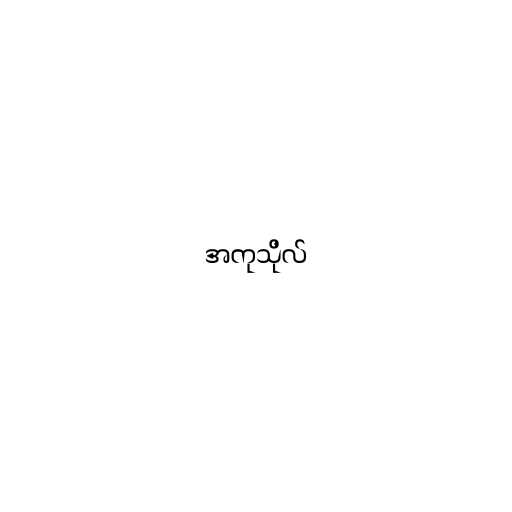
အကုသိုလ်